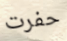
حفرت